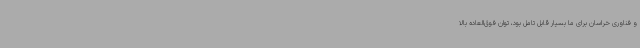
و فناوری خراسان برای ما بسیار قابل تامل بود، توان فوق‌العاده بالا